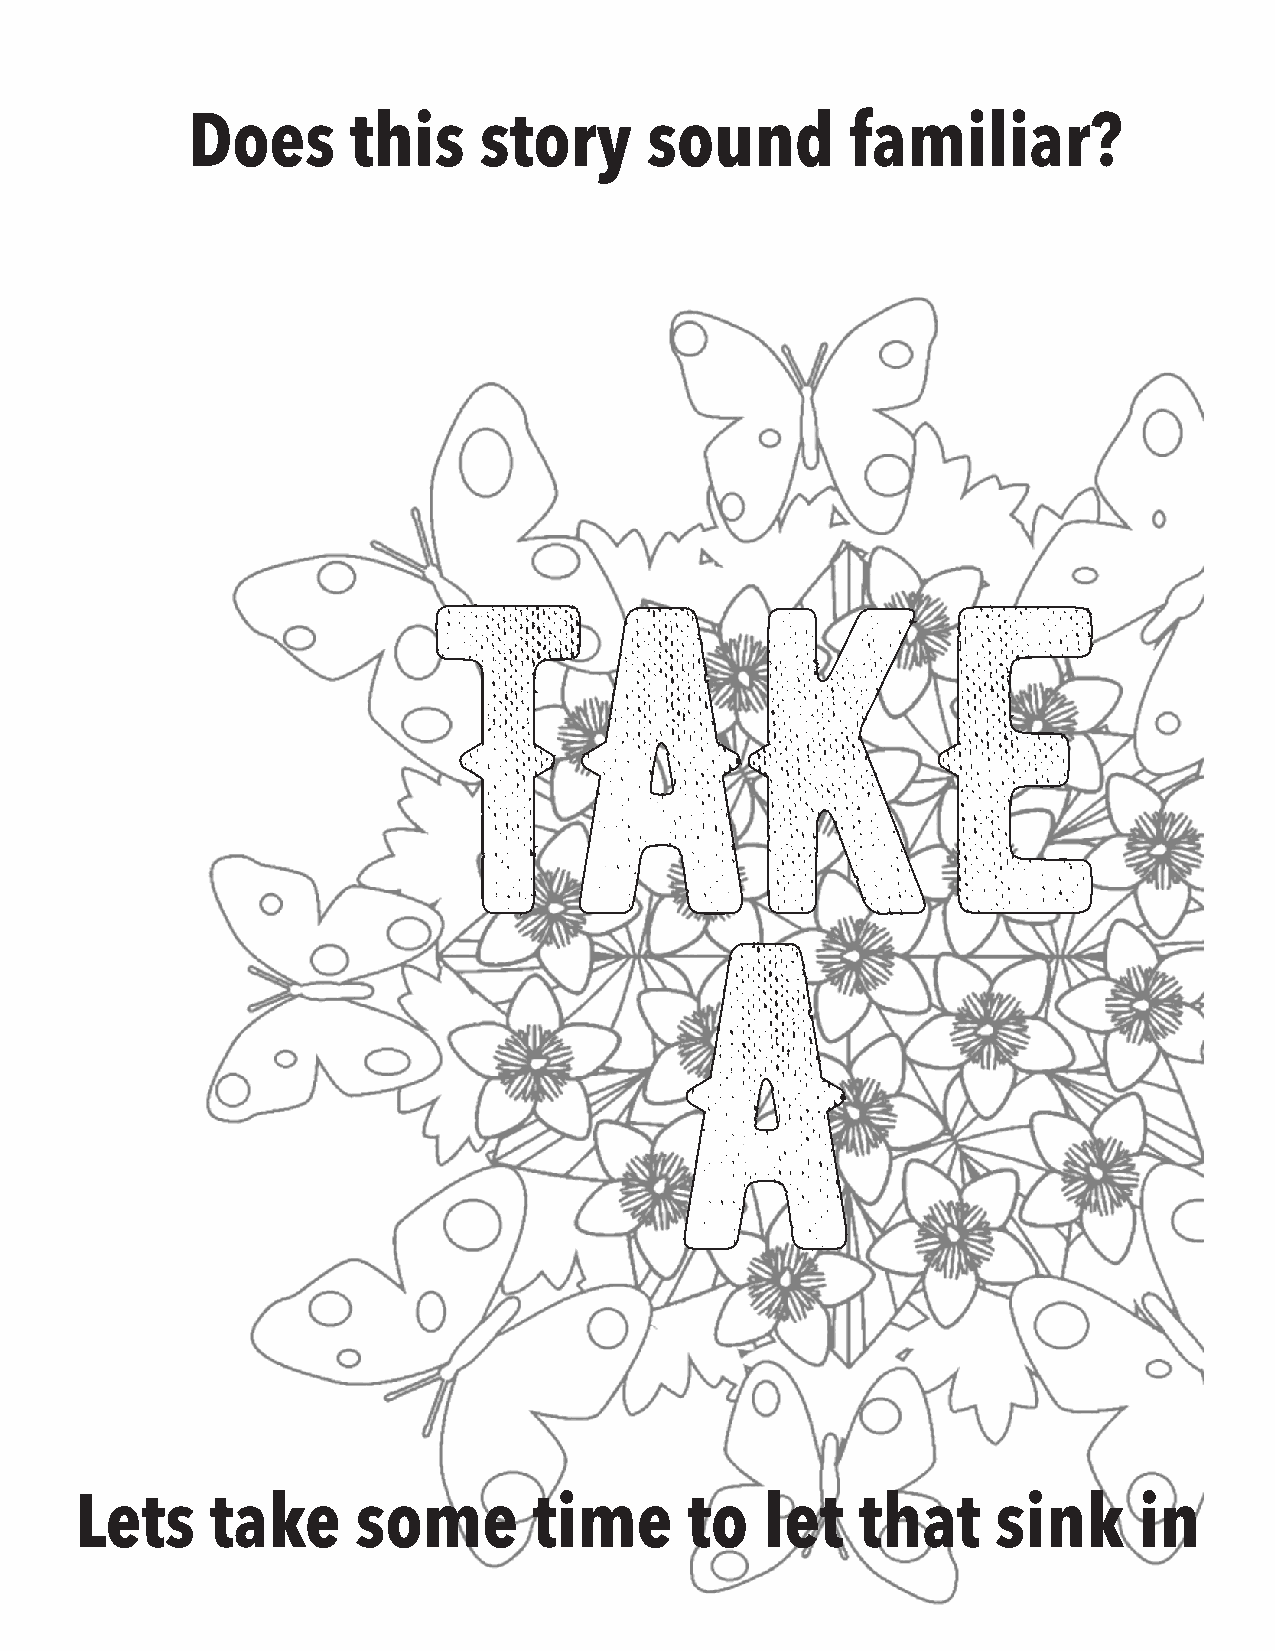
Does       this     story      sound        familiar?
 TAKE
 A
 Lets     take      some       time       to   let   that     sink     in